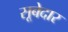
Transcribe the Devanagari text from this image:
सूबेदार